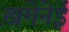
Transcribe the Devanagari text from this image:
ख़मेनेई